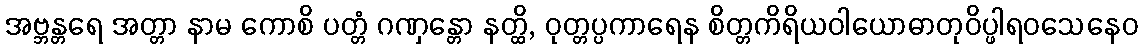
အဗ္ဘန္တရေ အတ္တာ နာမ ကောစိ ပတ္တံ ဂဏှန္တော နတ္ထိ, ဝုတ္တပ္ပကာရေန စိတ္တကိရိယဝါယောဓာတုဝိပ္ဖါရဝသေနေဝ